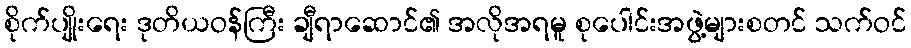
စိုက်ပျိုးရေး ဒုတိယဝန်ကြီး ချီရာဆောင်၏ အလိုအရမူ စုပေါင်းအဖွဲ့များစတင် သက်ဝင်